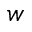
w